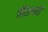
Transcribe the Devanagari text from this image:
चितावरी